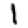
Digit: 1